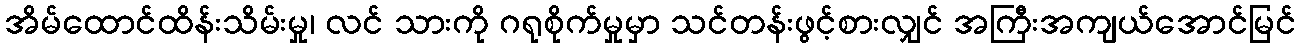
အိမ်ထောင်ထိန်းသိမ်းမှု၊ လင် သားကို ဂရုစိုက်မှုမှာ သင်တန်းဖွင့်စားလျှင် အကြီးအကျယ်အောင်မြင်